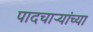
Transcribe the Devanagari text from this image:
पादचाऱ्यांच्या